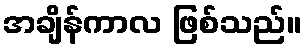
အချိန်ကာလ ဖြစ်သည်။